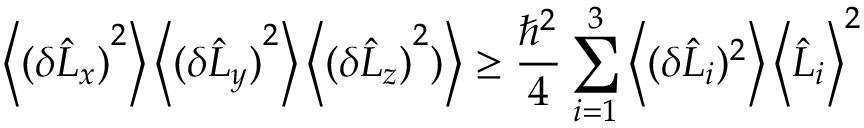
\left\langle { ( \delta { \hat { L } } _ { x } ) } ^ { 2 } \right\rangle \left\langle { ( \delta { \hat { L } } _ { y } ) } ^ { 2 } \right\rangle \left\langle { ( \delta { \hat { L } } _ { z } ) } ^ { 2 } ) \right\rangle \geq { \frac { \hbar ^ { 2 } } { 4 } } \sum _ { i = 1 } ^ { 3 } \left\langle ( \delta { \hat { L } } _ { i } ) ^ { 2 } \right\rangle \left\langle { \hat { L } } _ { i } \right\rangle ^ { 2 }